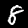
Label: 8